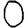
Digit: 0